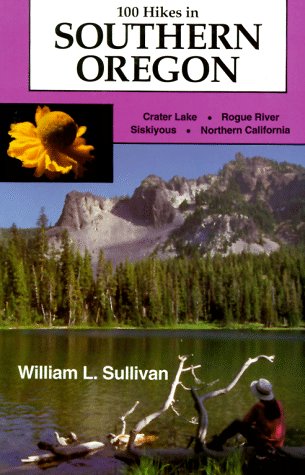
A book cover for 100 Hikes in Southern Oregon; William L. Sullivan; Travel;